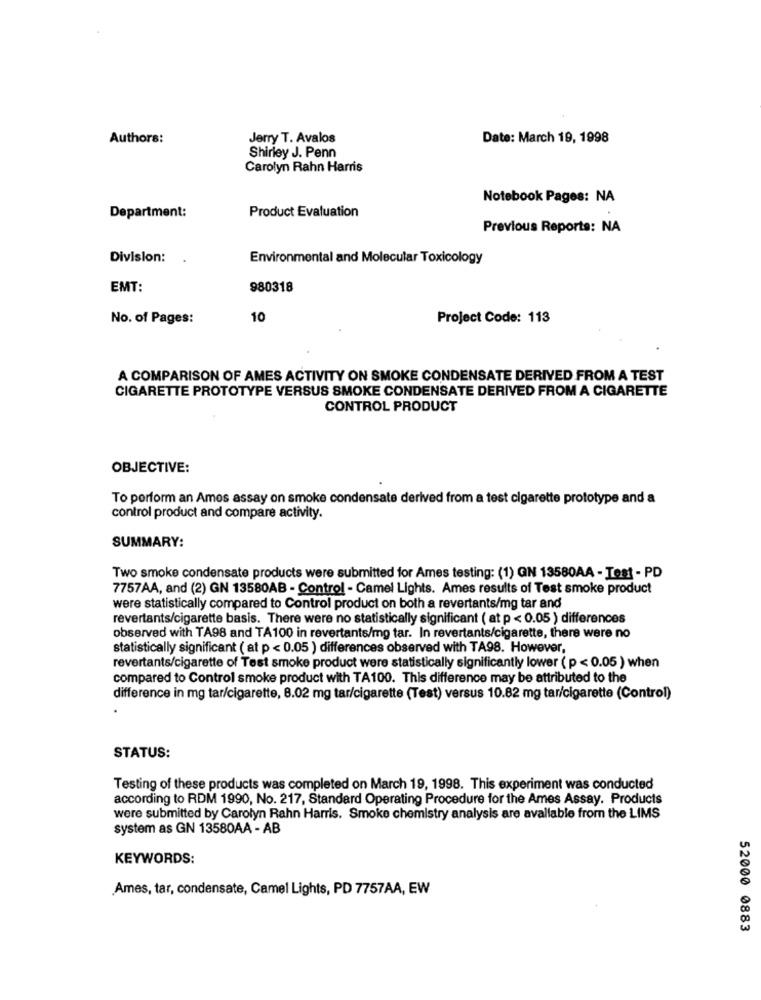
Authors:
Jerry T. Avalos
Date: March 19, 1998
Shirley J. Penn
Carolyn Rahn Harris
Notebook Pages: NA
Product Evaluation
Department:
Previous Reports: NA
Division:
Environmental and Molecular Toxicology
EMT:
980318
No. of Pages:
10
Project Code: 113
A COMPARISON OF AMES ACTIVITY ON SMOKE CONDENSATE DERIVED FROM A TEST
CIGARETTE PROTOTYPE VERSUS SMOKE CONDENSATE DERIVED FROM A CIGARETTE
CONTROL PRODUCT
OBJECTIVE:
To perform an Amos assay on smoke condensate derived from a test cigarette prototype and a
control product and compare activity.
SUMMARY:
Two smoke condensate products were submitted for Ames testing: (1) GN 13580AA - Test - PD
7757AA, and (2) GN 13580AB - Control - Camel Lights. Ames results of Test smoke product
were statistically compared to Control product on both a revertants/mg tar and
revertants/cigarette basis. There were no statistically significant ( at p < 0.05 ) differences
observed with TA98 and TA100 in revertants/mg tar. In revertants/cigarette, there were no
statistically significant ( at p < 0.05 ) differences observed with TA98. However,
revertants/cigarette of Test smoke product were statistically significantly lower ( p < 0.05 ) when
compared to Control smoke product with TA100. This difference may be attributed to the
difference in mg tar/cigarette, 8.02 mg tar/cigarette (Test) versus 10.82 mg tar/cigarette (Control)
STATUS:
Testing of these products was completed on March 19, 1998. This experiment was conducted
according to RDM 1990, No. 217, Standard Operating Procedure for the Ames Assay. Products
were submitted by Carolyn Rahn Harris. Smoke chemistry analysis are available from the LIMS
system as GN 13580AA - AB
KEYWORDS:
Ames, tar, condensate, Camel Lights, PD 7757AA, EW
52000 0883